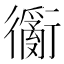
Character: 𲀢